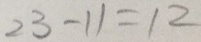
2 3 - 1 1 = 1 2